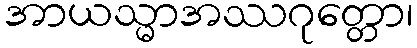
အာယသ္မာအဿဂုတ္တော၊